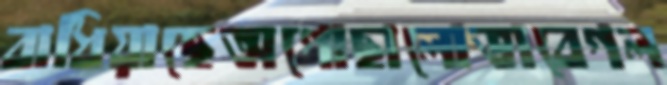
বাধিয়াছেঅগোছালোভাবেগল